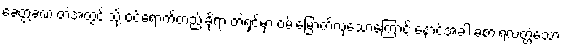
ခေတ္တခဏ တဲအတွင်းသို့ ဝင်ရောက်တည်းခိုရာ တဲရှင်မှာ ဝမ်းမြောက်လှသောကြောင့် နောင်အခါ ခံစားရလတ္တံ့သော